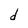
Character: d